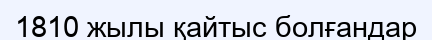
1810 жылы қайтыс болғандар